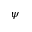
\psi